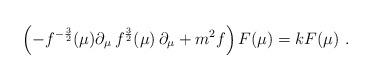
LaTeX: \begin{align*}\left(-f^{-{3\over2}}(\mu)\partial_\mu \, f^{{3\over 2}}(\mu)\,\partial_\mu + m^2f \right)F(\mu)=k F(\mu)\ .\end{align*}